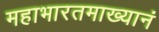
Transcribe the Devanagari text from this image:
महाभारतमाख्यानं